Report on sanitation, dispensaries, and jails in Rajputana for 1920, and on vaccination for the year 1920-1921 - 1920-1921
Year: 1920
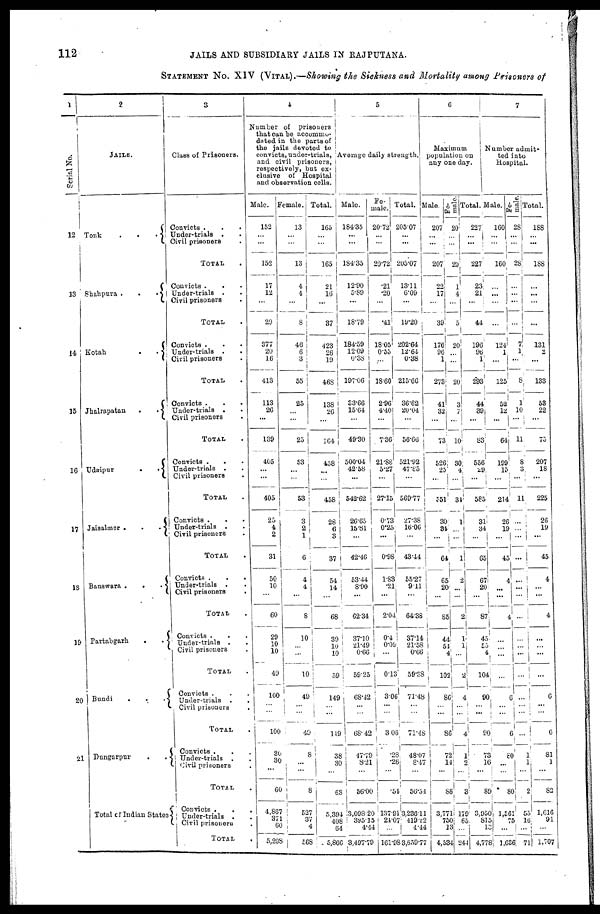
112
JAILS AND SUBSIDIARY JAILS IN RAJPUTANA.
STATEMENT No. XIV (VITAL).—Showing the Sickness and Mortality among Prisoners of
1
Serial No.
12
13
14
15
16
17
18
19
20
21
2
JAILS.
Tonk
.
.
.
Shahpura .
.
.
Kotah
.
.
Jhalrapatan
.
.
Udaipur
.
.
Jaisalmer .
.
.
Banswara .
.
.
Partabgarh
.
.
Bundi
.
.
.
Dungarpur
.
.
Total of Indian States
3
Class of Prisoners.
Convicts .
.
.
Under-trials . .
Civil prisoners .
TOTAL .
Convicts . . .
Under-trials . .
Civil prisoners .
TOTAL .
Convicts . . .
Under-trials . .
Civil prisoners .
TOTAL .
Convicts . . .
Under-trials . .
Civil prisoners .
TOTAL .
Convicts .
. .
Under-trials . .
Civil prisoners .
TOTAL .
Convicts . . .
Under-trials . .
Civil prisoners
.
TOTAL .
Convicts . . .
Under-trials . .
Civil prisoners
.
TOTAL .
Convicts . . .
Under-trials . .
Civil prisoners .
TOTAL .
Convicts . . .
Under-trials . .
Civil prisoners .
TOTAL .
Convicts . . .
Under-trials . .
Civil prisoners .
TOTAL .
Convicts .
.
.
Under-trials . .
Civil prisoners .
TOTAL .
4
Number of
prisoners
that can be accommo-
dated in the parts of
the jails devoted to
convicts, under-trials,
and civil prisoners,
respectively, but ex-
clusive of Hospital
and observation cells.
Male.
152
...
...
152
17
12
...
29
377
20
16
413
113
26
...
139
405
...
...
405
25
4
2
31
50
10
...
60
29
10
10
49
100
...
...
100
30
30
...
60
4,867
371
60
5,298
Female.
13
...
...
13
4
4
...
8
46
6
3
55
25
...
...
25
53
...
...
53
3
2 1
6
4
4
...
8
10
...
...
10
49
...
...
49
8
...
...
8
527
37
4
568
Total.
165
...
...
165
21
16
...
37
423
26
19
468
138
26
...
164
458
...
...
458
28
6
3
37
54
14
...
68
39
10
10
59
149
...
...
149
38
30
...
68
5,394
408
64
5,866
5
Average daily strength.
Male.
184.35
...
...
184.35
12.90
5.89
...
18.79
184.59
12.09
0.38
197.06
33.66
15.64
...
49.30
500.04
42.58
...
542.62
26.65
15.81
...
42.46
53.44
8.90
...
62.34
37.10
21.49
0.66
59.25
68.42
...
...
68.42
47.79
8.21
...
56.00
3,098.20
395.15
4.44
3,497.79
Fe-
male.
20.72
...
...
20.72
.21
.20
...
.41
18.05
0.55
...
18.60
2.96
4.40
...
7.36
21.88
5.27
...
27.15
0.73
0.25
...
0.98
1.83
.21
...
2.04
0.4
0.09
...
0.13
3.06
...
...
3.06
.28
.26
...
.54
137.91
24.07
...
161.98
Total.
205.07
...
...
205.07
13.11
6.09
...
19.20
202.64
12.64
0.38
215.66
36.62
20.04
...
56.66
521.92
47.85
...
569.77
27.38
16.06
...
43.44
55.27
9.11
...
64.38
37.14
21.58
0.66
59.38
71.48
...
...
71.48
48.07
8.47
...
56.54
3,236.11
419.22
4.44
3,659.77
6
Maximum
population on
any one day.
Male.
207
...
...
207
22
17
...
39
176
96
1
273
41
32
...
73
526
25
...
551
30
34
...
64
65
20
...
85
44
54
4
102
86
...
...
86
72
14
...
86
3,771
750
13
4,534
Fe¬
male.
20
...
...
20
1
4
...
5
20
...
...
20
3
7
...
10
30
4
...
34
1
...
...
1
2
...
...
2
1
1
...
2
4
...
...
4
1
2
...
3
170
65
...
244
Total.
227
...
...
227
23
21
...
44
196
96
1
293
44
39
...
83
556
29
...
585
31
34
...
65
67
20
...
87
45
55
4
104
90
...
...
90
73
16
...
89
3,950
815
13
4,778
7
Number admit-
ted into
Hospital.
Male.
160
...
...
160
...
...
...
...
124
1
...
125
52
12
...
64
199
15
...
214
26
19
...
45
4
...
...
4
...
...
...
...
6
...
...
6
80
...
...
80
1,561
75
...
1,636
Fe-
male.
28
...
...
28
...
...
...
...
7
1
...
8
1
10
...
11
8
3
...
11
...
...
...
...
...
...
...
...
...
...
...
...
...
...
...
...
1
1
...
2
55
16
...
71
Total.
188
...
...
188
...
...
...
...
131
2
...
133
53
22
...
75
207
18
...
225
26
19
...
45
4
...
...
4
...
...
...
...
6
...
...
6
81
1
...
82
1,616
91
...
1,707